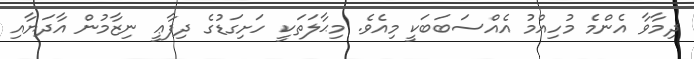
ދިމާވާ އެންމެ މުހިއްމު އެއްސަބަބަކީ މިއެވެ. މިޙާލަތަކީ ހަށިގަޑުގެ ދިފާޢީ ނިޒާމުން އާދަޔާއި